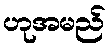
ဟုအမည်